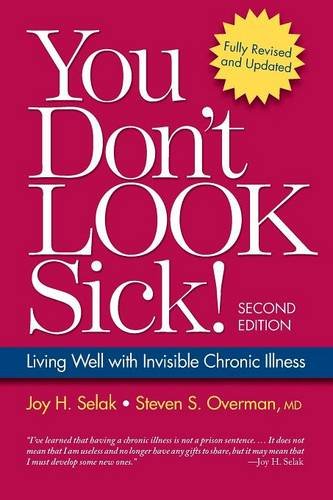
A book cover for You Don't Look Sick!: Living Well With Chronic Invisible Illness; Joy H. Selak; Health, Fitness & Dieting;